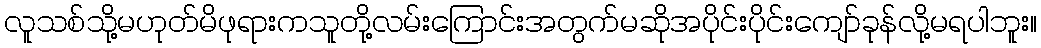
လူသစ်သို့မဟုတ်မိဖုရားကသူတို့လမ်းကြောင်းအတွက်မဆိုအပိုင်းပိုင်းကျော်ခုန်လို့မရပါဘူး။